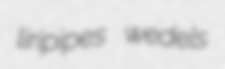
liripipes wedels